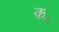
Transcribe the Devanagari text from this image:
क॰